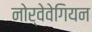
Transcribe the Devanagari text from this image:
नोर्वेवेगियन